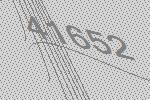
41652